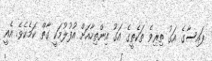
ފައިސާގެ އަގު ތިރިވެ ތަކެތީގެ އަގު އިންތިހާއަށް އުފުލުމަކީ ގާތް ކަމެކެވެ. އެއީ